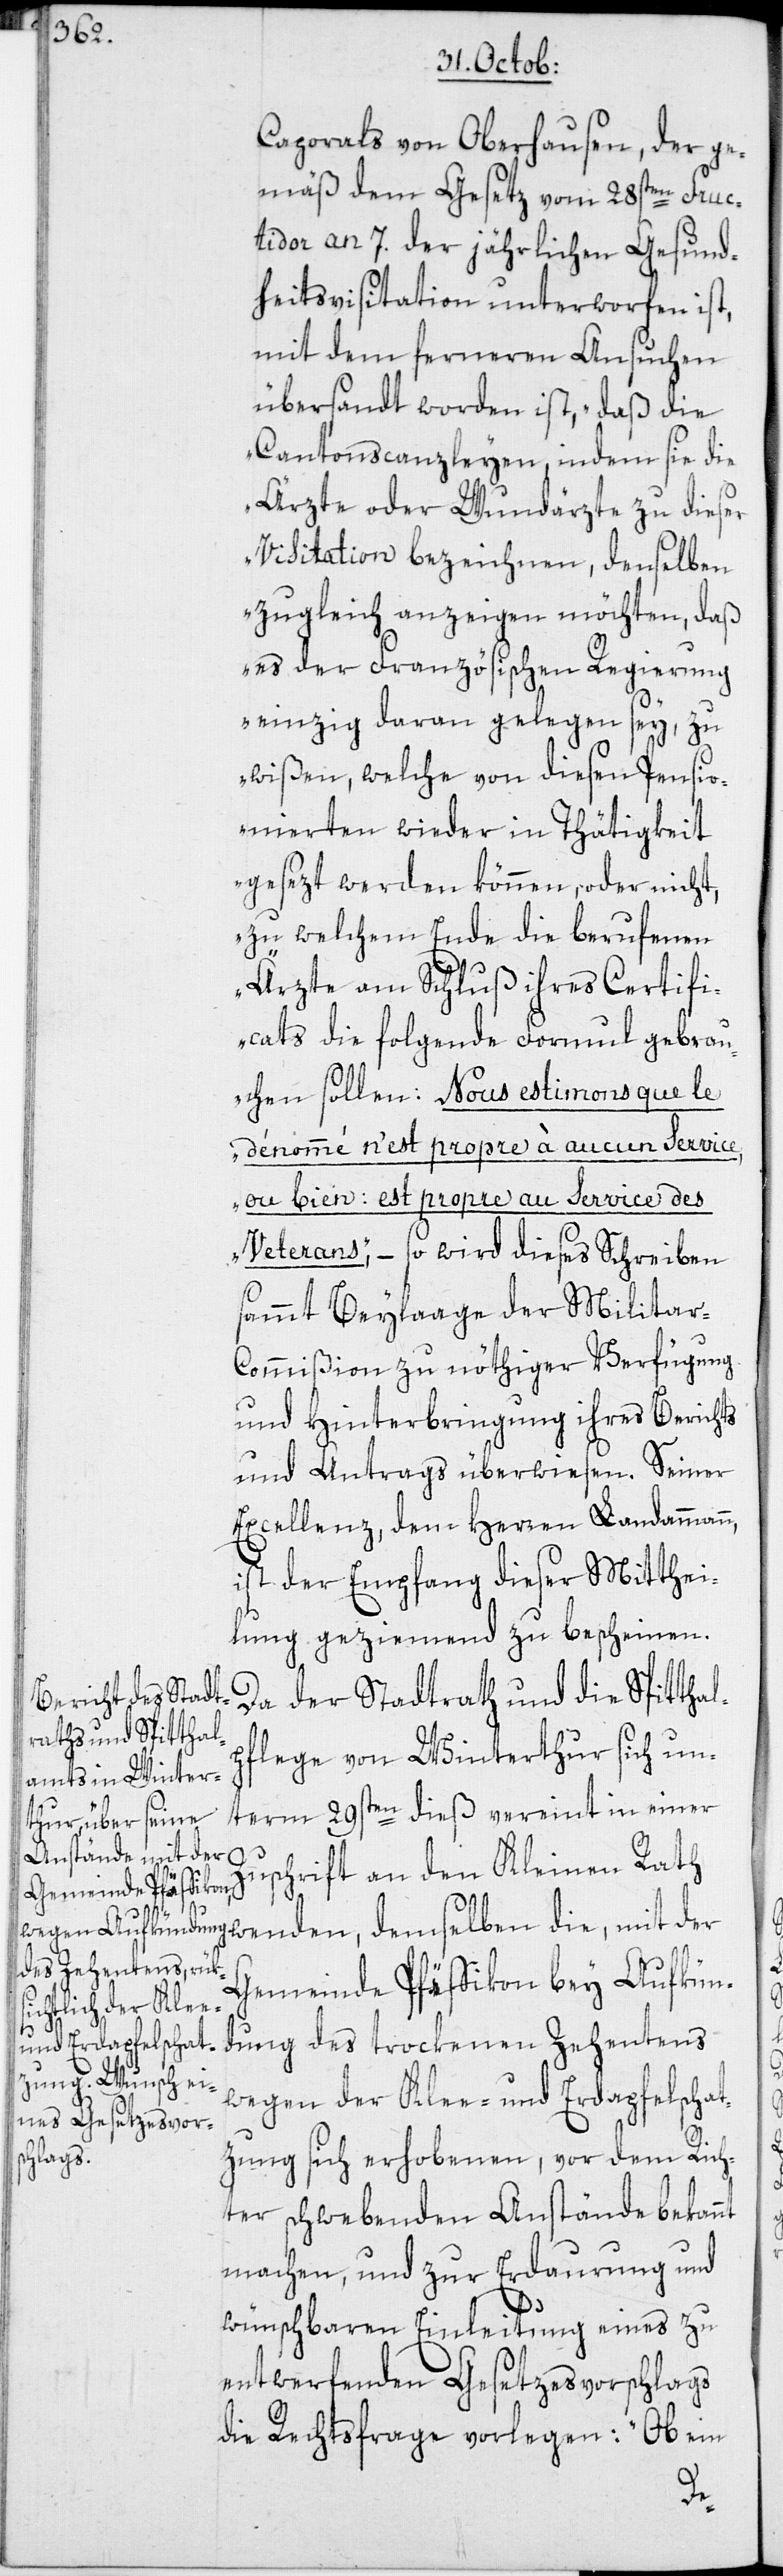
Caporals von Oberhausen, der ge¬
mäß dem Gesetz vom 28sten Fruc¬
tidor an 7. der jährlichen Gesund¬
heitsvisitation unterworfen ist,
mit dem ferneren Ansuchen
übersandt worden ist, „daß die
Cantonscanzleyen, indem sie die
Ärzte oder Wundärzte zu dieser
Visitation bezeichnen, denselben
zugleich anzeigen möchten, daß
es der Französischen Regierung
einzig daran gelegen sey, zu
wißen, welche von diesen Pensio¬
nierten wieder in Thätigkeit
gesezt werden können, oder nicht,
zu welchem Ende die berufenen
Ärzte am Schluß ihres Certifi¬
cats die folgende Formul gebrau¬
chen sollen: Nous estimons que le
dénommé n’est propre à aucun service,
ou bien: est propre au service des
Veterans“, – so wird dieses Schreiben
sammt Beylaage der Militar-C¬
ommißion zu nöthiger Verfügung
und Hinterbringung ihres Berichts
und Antrags überwiesen. Seiner
Excellenz, dem Herren Landammann,
ist der Empfang dieser Mitthei¬
lung geziemend zu bescheinen.
Da der Stadtrath und die Spitthal¬
pflege von Winterthur sich un¬
term 29sten dieß vereint in einer
Zuschrift an den Kleinen Rath
wenden, demselben die, mit der
Gemeinde Pfäffikon bey Aufkün¬
dung des trockenen Zehentens
wegen der Klee- und Erdapfelschat¬
zung sich erhobenen, vor dem Rich¬
ter schwebenden Anstände bekannt
machen, und zur Erdaurung und
wünschbaren Einleitung eines zu
entwerfenden Gesetzesvorschlags
die Rechtsfrage vorlegen: „Ob ein